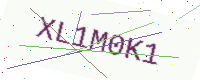
Text: XL1M0K1